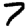
Digit: 7